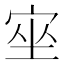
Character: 𡨠